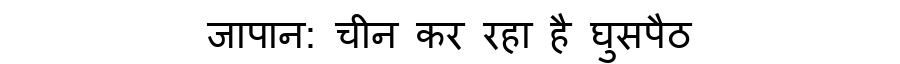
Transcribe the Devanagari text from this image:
जापान: चीन कर रहा है घुसपैठ